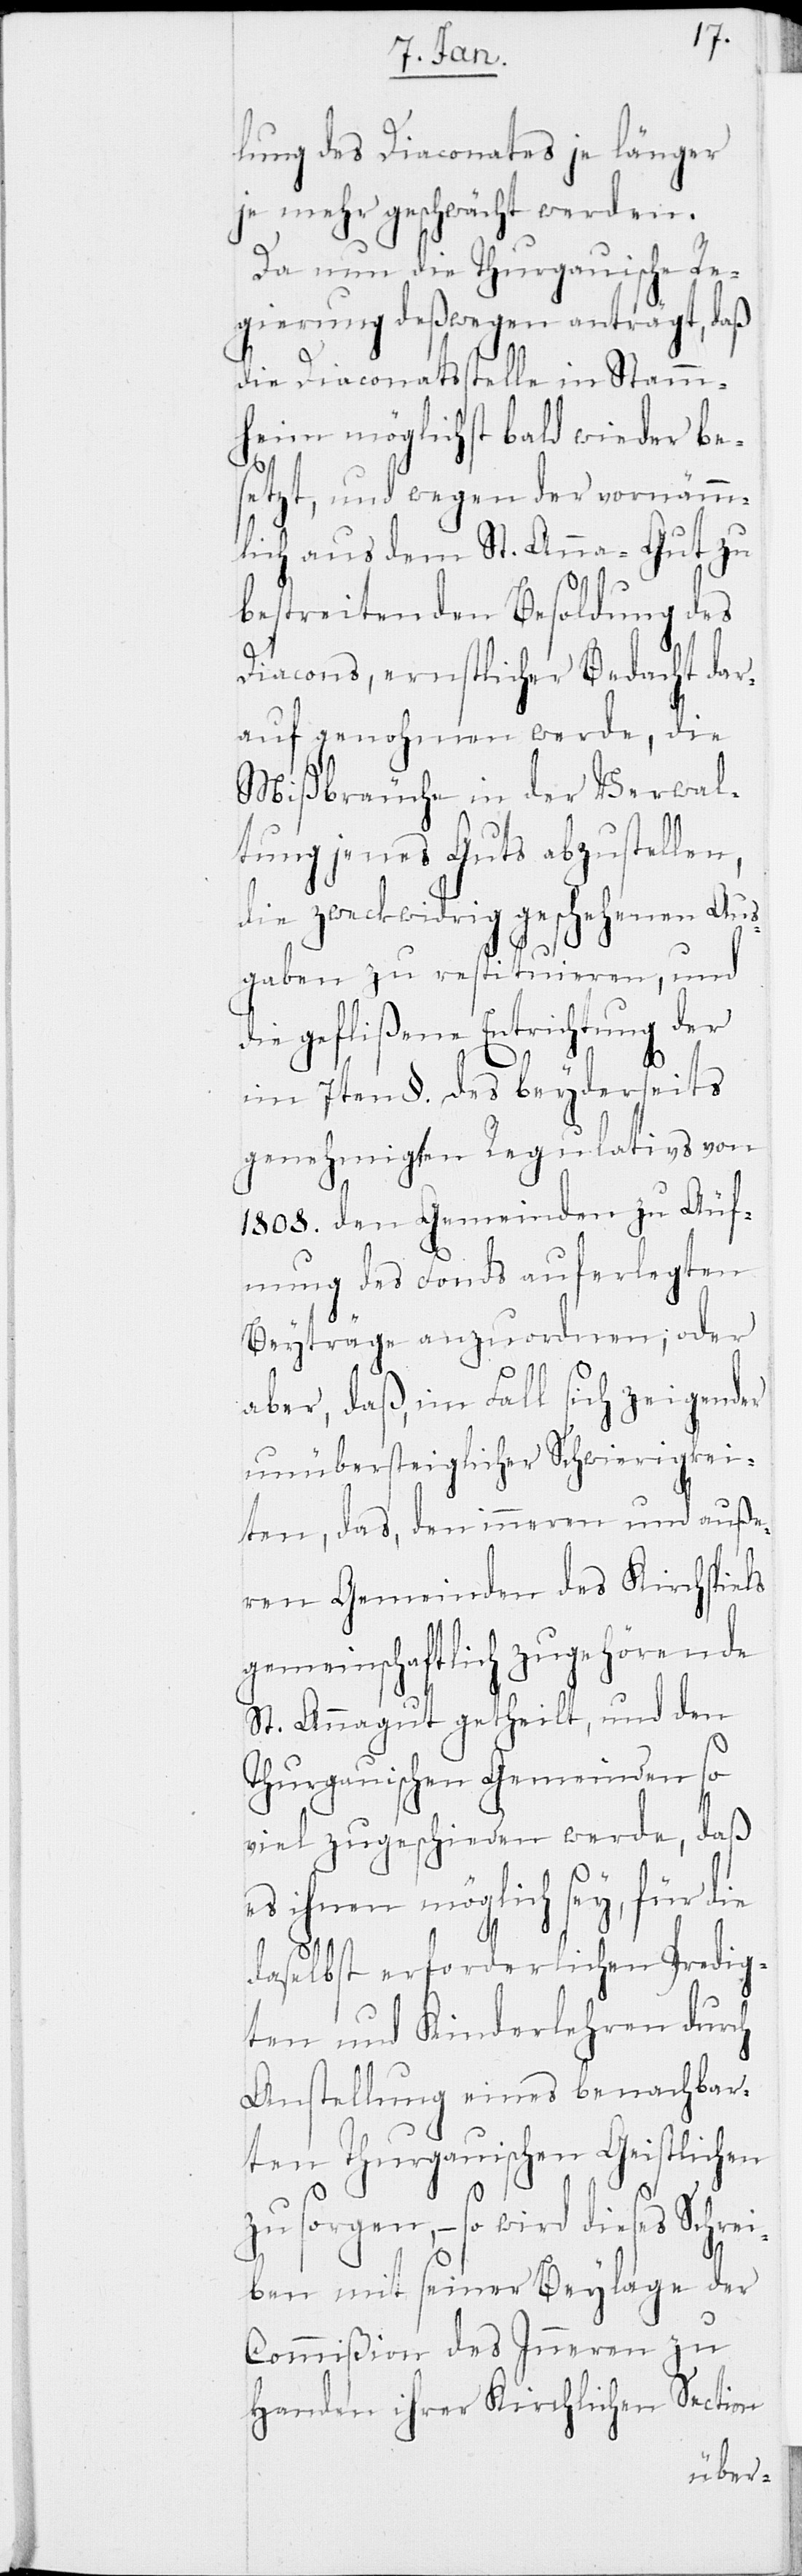
lung des Diaconates je länger
je mehr geschwächt werden.
Da nun die Thurgauische Re¬
gierung deßwegen anträgt, daß
die Diaconatsstelle in Stamm¬
heim möglichst bald wieder be¬
setzt, und wegen der vornämm¬
lich aus dem St. Anna-Gut zu
bestreitenden Besoldung des
Diacons, ernstlicher Bedacht dar¬
auf genohmen werde, die
Mißbräuche in der Verwal¬
tung jenes Guts abzustellen,
die zweckwidrig geschehenen Aus¬
gaben zu restituieren, und
die geflißene Entrichtung der
im 7ten §. des beyderseits
genehmigten Regulativs von
1808. den Gemeinden zu Äuf¬
nung des Fonds auferlegten
Beyträge anzuordnen; oder
aber, daß, im Fall sich zeigender
unübersteiglicher Schwierigkei¬
ten, das, den inneren und auße¬
ren Gemeinden des Kirchspiels
gemeinschaftlich zugehörende
St. Annagut getheilt, und den
Thurgauischen Gemeinden so
viel zugeschieden werde, daß
es ihnen möglich sey, für die
daselbst erforderlichen Predig¬
ten und Kinderlehren durch
Anstellung eines benachbar¬
ten Thurgauischen Geistlichen
– so wird dieses Schre¬
iben mit seiner Beylage der
Commißion des Inneren zu
Handen ihrer Kirchlichen Section